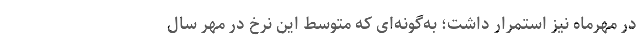
در مهرماه نیز استمرار داشت؛ به‌گونه‌ای که متوسط این نرخ در مهر سال